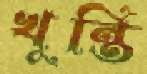
খুন্তি